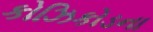
કોઝિકોડના